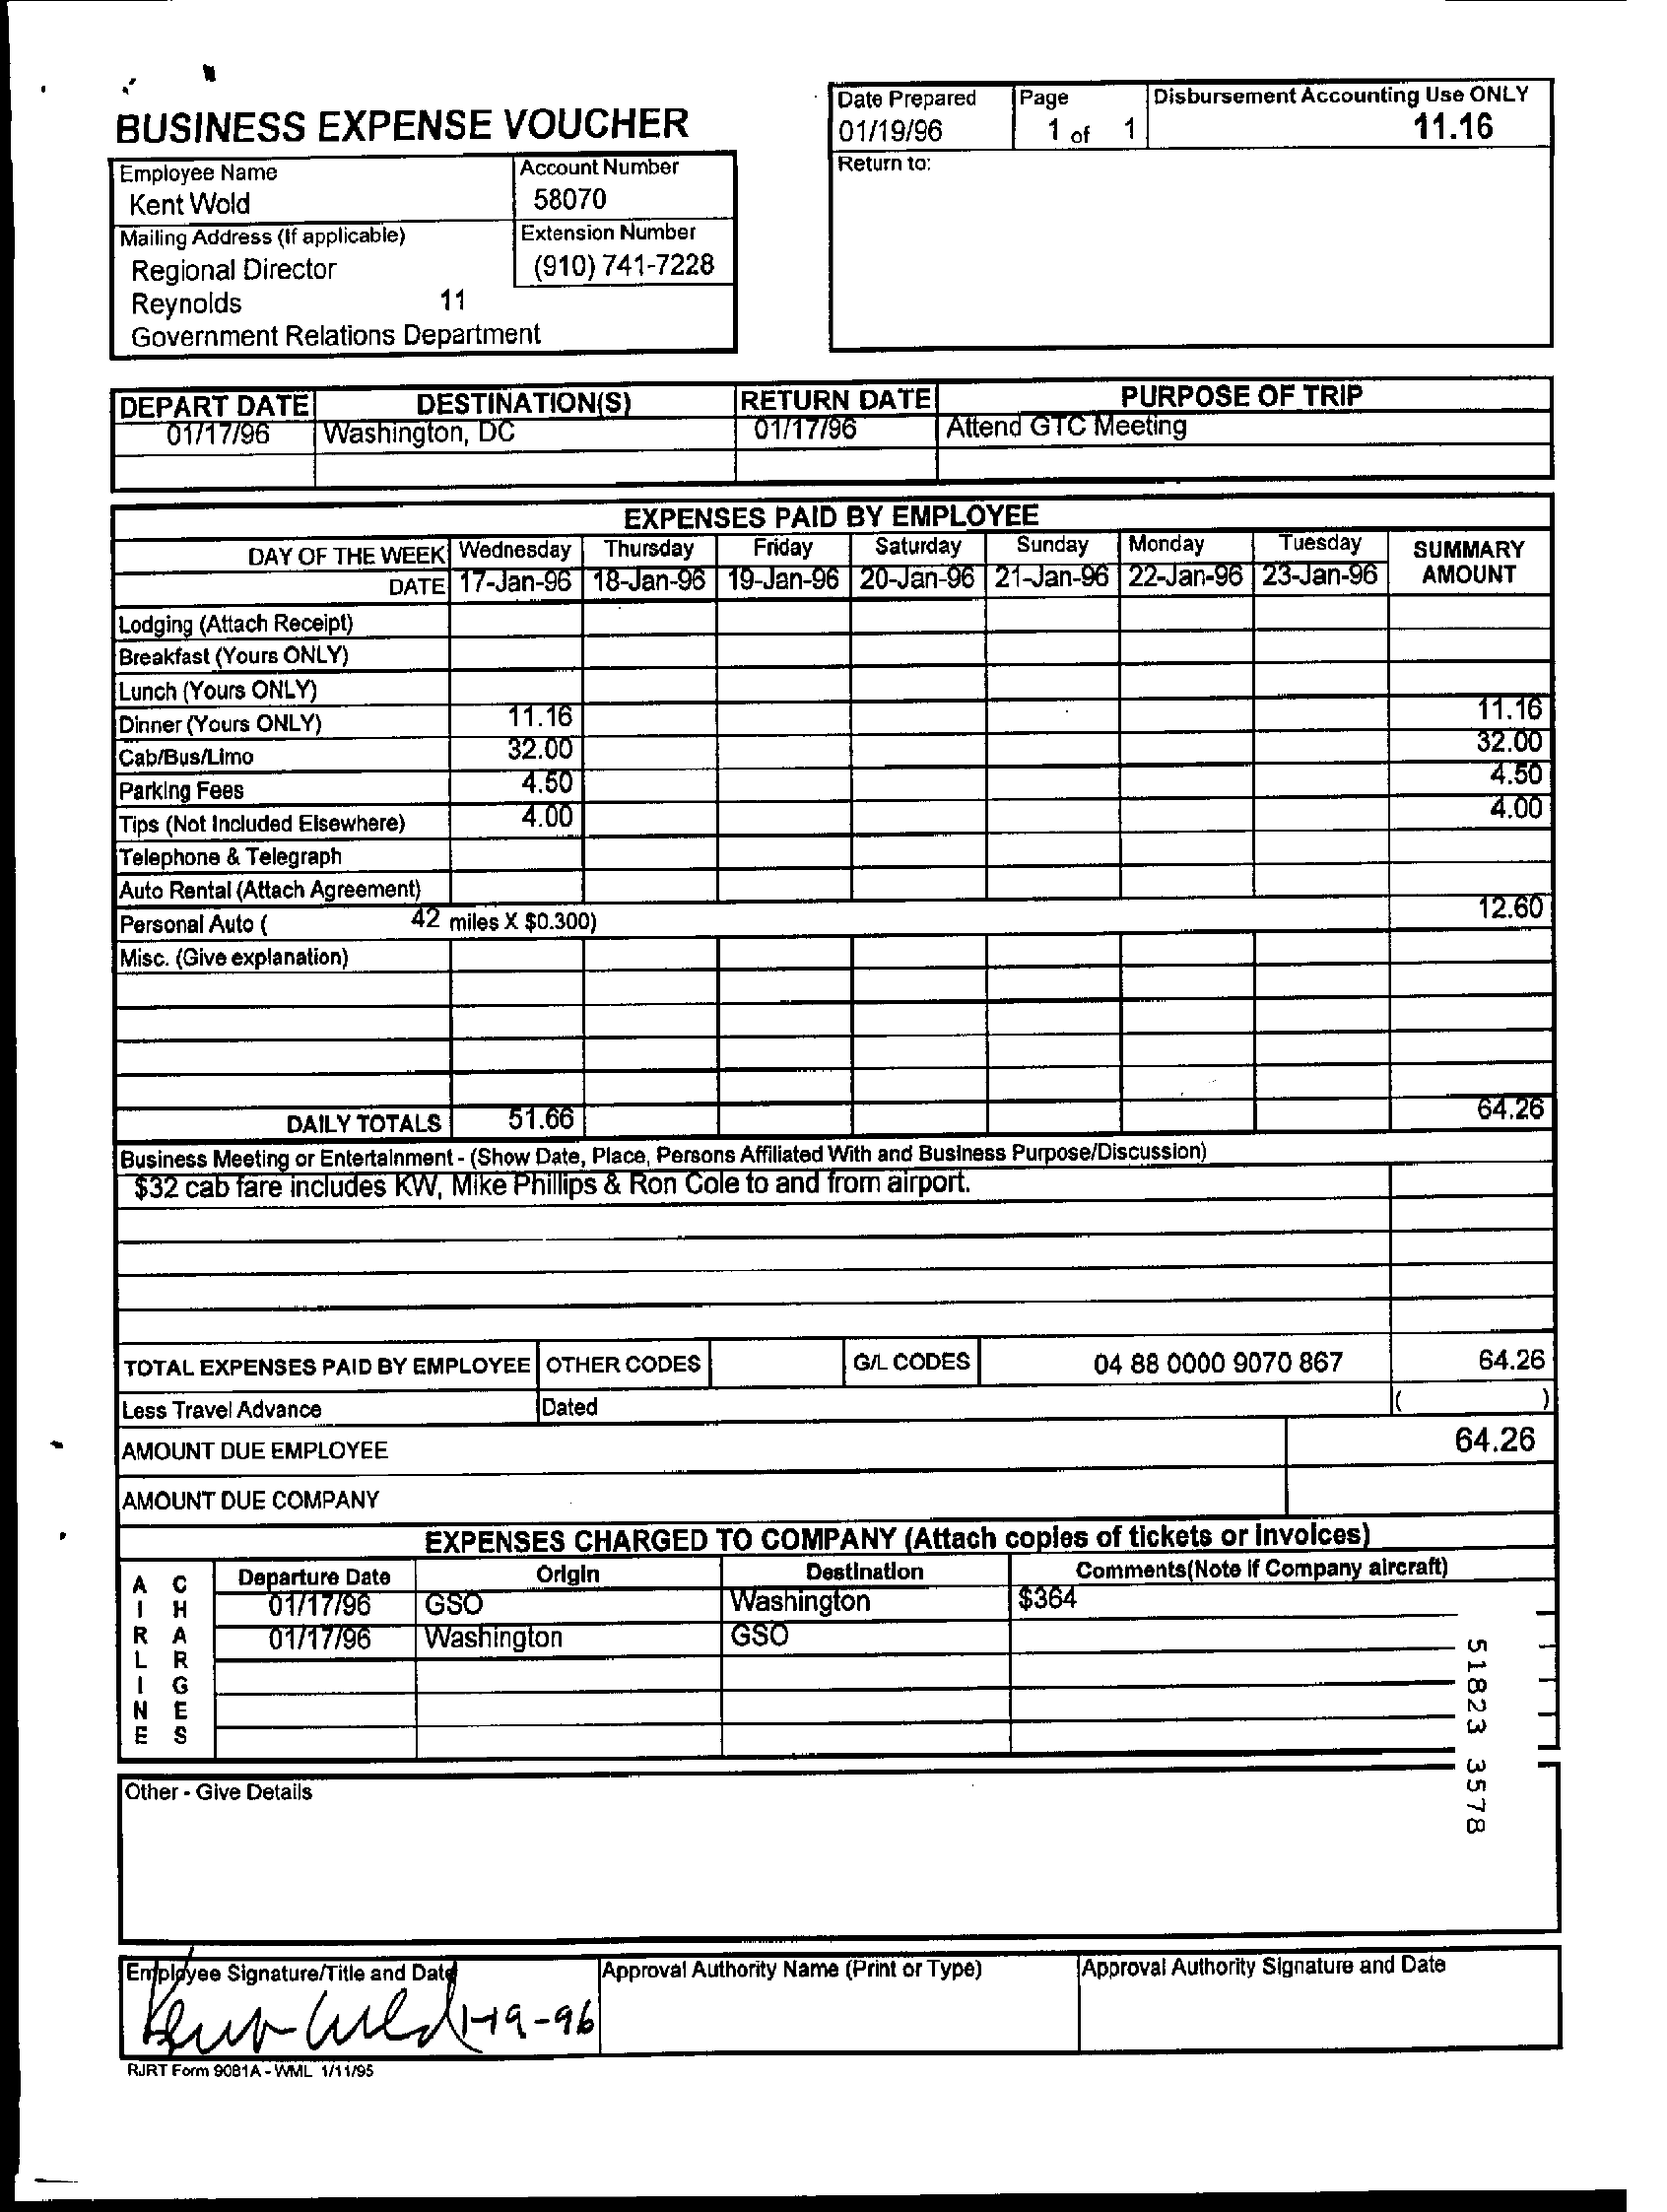
BUSINESS    EXPENSE    VOUCHER
     Date Prepared    Page    Disbursement Accounting Use ONLY
     01/19/96    1 of   1    11.16
     Employee Name    Account Number    Return to:
     Kent Wold    58070
     Mailing Address (If applicable)    Extension Number
     Regional  Director    (910) 741-7228
     Reynolds    11
     Government    Relations Department
     DEPART    DATE    DESTINATION(S)    RETURN    DATE    PURPOSE    OF  TRIP
     01/17/96    Washington,   DC    01/17/96    Attend  GTC  Meeting
     EXPENSES    PAID  BY  EMPLOYEE
     DAY  OF THE WEEK|  Wednesday  |Thursday    Friday    Saturday    Sunday    Monday    Tuesday
     DATE  17-Jan-96  | 18-Jan-96 | 19-Jan-96 | 20-Jan-96  | 21-Jan-96 | 22-Jan-96 | 23-Jan-96
     SUMMARY
     AMOUNT
     Lodging (Attach Receipt)
     Breakfast (Yours ONLY)
     Lunch (Yours ONLY)
     Dinner (Yours ONLY)    11.16    11.16
     Cab/Bus/Limo    32.00    32.00
     Parking Fees    4.50    4.50
     Tips (Not Included Elsewhere)    4.00    4.00
     Telephone & Telegraph
     Auto Rental (Attach Agreement)
     Personal Auto (    4.2 miles X $0.300)
     12.60
     Misc. (Give explanation)
     DAILY TOTALS    51.66    64.26
     Business Meeting or Entertainment - (Show Date, Place, Persons Affiliated With and Business Purpose/Discussion)
     $32  cab fare includes KW,  Mike  Phillips & Ron  Cole to and from  airport.
     TOTAL  EXPENSES   PAID BY EMPLOYEE    OTHER  CODES    G/L CODES    04 88 0000  9070  867    64.26
     Less Travel Advance    Datec
     AMOUNT   DUE EMPLOYEE    64.26
     AMOUNT   DUE COMPANY
     EXPENSES    CHARGED    TO COMPANY    (Attach  copies   of tickets or Involces)
     Departure Date    Origin    Destination
     H    01/17/96    Washington    $364
     Comments(Note  If Company aircraft)
     <---
     ZW
     IGSO
     RA    01/17/96    Washington    GSO
     51823
     3578 Other - Give Details
     Employee Signature/Title and Dat
     Kur    wild    119    - 96
     Approval Authority Name (Print or Type)   Approval Authority Signature and Date
     RJRT Form 9061A - WML 1/11/95